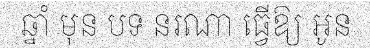
ឆ្នាំ មុន បទ នរណា ធ្វើឱ្យ អូន